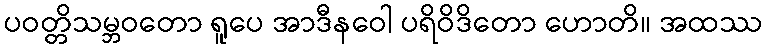
ပဝတ္တိသမ္ဘဝတော ရူပေ အာဒီနဝေါ ပရိဝိဒိတော ဟောတိ။ အထဿ